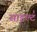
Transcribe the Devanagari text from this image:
साइल्ट॑